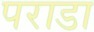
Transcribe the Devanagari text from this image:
पराडा